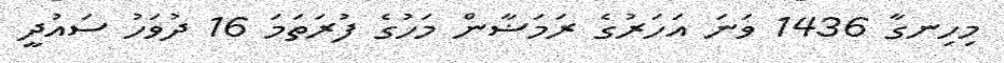
މިހިނގާ 1436 ވަނަ އަހަރުގެ ރަމަޟާން މަހުގެ ފުރަތަމަ 16 ދުވަހު ސައުދީ